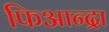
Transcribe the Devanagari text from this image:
फिआन्द्रा